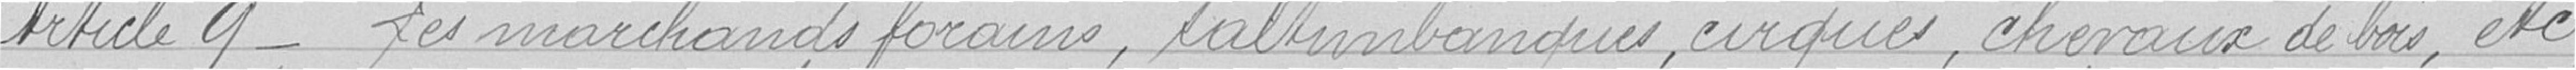
Article 9 - Les marchands forains, saltimbanques, cirques, chevaux de bois, etc